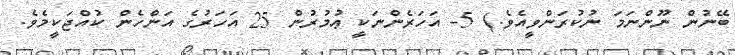
ބޭނުން ނޫންނަމަ ނުކުރަންވީއެވެ.) 5- އަހަރެންނަކީ ޢުމުރުން 25 އަހަރުގެ އަންހެން ކުއްޖަކީމެވެ.